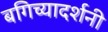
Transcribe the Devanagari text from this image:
बगिच्यादर्शनी